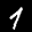
Label: 1